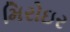
મિરોઇર